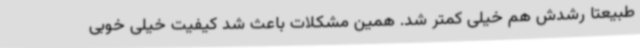
طبیعتاً رشدش هم خیلی کمتر شد. همین مشکلات باعث شد کیفیت خیلی خوبی